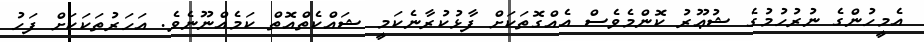
އެމީހުންގެ ނުރުހުމުގެ ޝުޢޫރު ކޮންމެވެސް އެއްގޮތަކަށް ފާޅުކުރާނެކަމީ ޝައްކެތްއޮތް ކަމެއްނޫނެވެ. އަހަރުތަކަކަށް ފަހު